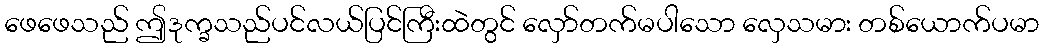
ဖေဖေသည် ဤဒုက္ခသည်ပင်လယ်ပြင်ကြီးထဲတွင် လှော်တက်မပါသော လှေသမား တစ်ယောက်ပမာ